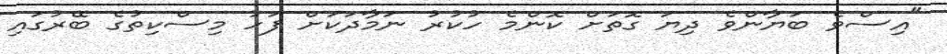
"އިސްވެ ބަޔާންވެ ދިޔަ ގޮތަށް ކޮންމެ ހުކުރު ނަމާދަކަށް ފަހު މިސްކިތުގެ ބޭރުގައި